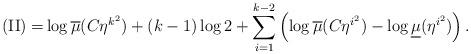
LaTeX: \begin{align*}\mathrm{(II)=}\log\overline{\mu}(C\eta^{k^{2}})+(k-1)\log2+\sum_{i=1}^{k-2}\left( \log\overline{\mu}(C\eta^{i^{2}})-\log\underline{\mu}(\eta^{i^{2}})\right) . \end{align*}